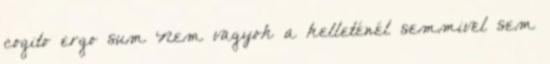
cogito ergo sum Nem vagyok a kelleténél semmivel sem